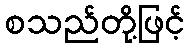
စသည်တို့ဖြင့်